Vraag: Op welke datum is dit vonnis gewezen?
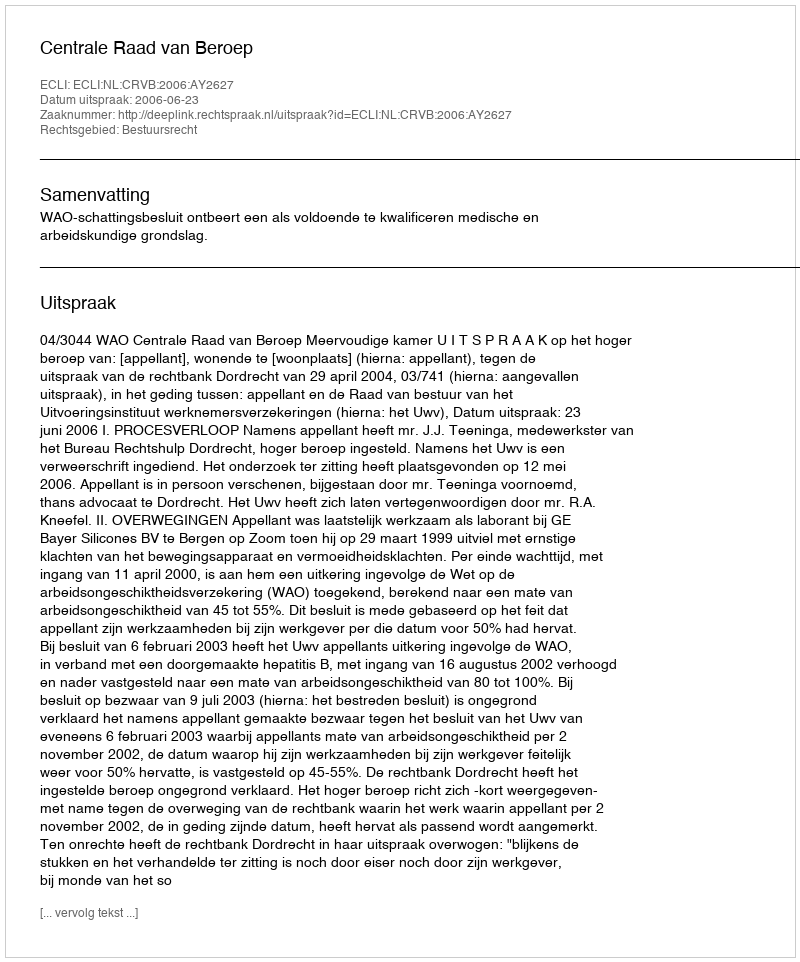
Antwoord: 2006-06-23